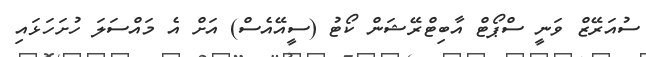
ސުއަރޭޒް ވަނީ ސްޕޯޓް އާބިޓްރޭޝަން ކޯޓު (ސީއޭއެސް) އަށް އެ މައްސަލަ ހުށަހަޅައި